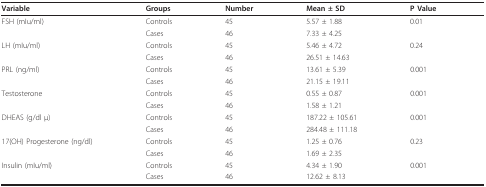
<table><thead><tr><td><b>Variable</b></td><td><b>Groups</b></td><td><b>Number</b></td><td><b>Mean ± SD</b></td><td><b>P Value</b></td></tr></thead><tbody><tr><td>FSH (mIu/ml)</td><td>Controls</td><td>45</td><td>5.57 ± 1.88</td><td>0.01</td></tr><tr><td></td><td>Cases</td><td>46</td><td>7.33 ± 4.25</td><td></td></tr><tr><td>LH (mIu/ml)</td><td>Controls</td><td>45</td><td>5.46 ± 4.72</td><td>0.24</td></tr><tr><td></td><td>Cases</td><td>46</td><td>26.51 ± 14.63</td><td></td></tr><tr><td>PRL (ng/ml)</td><td>Controls</td><td>45</td><td>13.61 ± 5.39</td><td>0.001</td></tr><tr><td></td><td>Cases</td><td>46</td><td>21.15 ± 19.11</td><td></td></tr><tr><td>Testosterone</td><td>Controls</td><td>45</td><td>0.55 ± 0.87</td><td>0.001</td></tr><tr><td></td><td>Cases</td><td>46</td><td>1.58 ± 1.21</td><td></td></tr><tr><td>DHEAS (g/dl μ)</td><td>Controls</td><td>45</td><td>187.22 ± 105.61</td><td>0.001</td></tr><tr><td></td><td>Cases</td><td>46</td><td>284.48 ± 111.18</td><td></td></tr><tr><td>17(OH) Progesterone (ng/dl)</td><td>Controls</td><td>45</td><td>1.25 ± 0.76</td><td>0.23</td></tr><tr><td></td><td>Cases</td><td>46</td><td>1.69 ± 2.35</td><td></td></tr><tr><td>Insulin (mIu/ml)</td><td>Controls</td><td>45</td><td>4.34 ± 1.90</td><td>0.001</td></tr><tr><td></td><td>Cases</td><td>46</td><td>12.62 ± 8.13</td><td></td></tr></tbody></table>